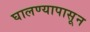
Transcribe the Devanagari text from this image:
घालण्यापासून